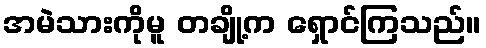
အမဲသားကိုမူ တချို့က ရှောင်ကြသည်။